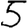
Digit: 5